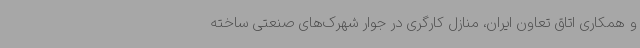
و همکاری اتاق تعاون ایران، منازل کارگری در جوار شهرک‌های صنعتی ساخته